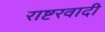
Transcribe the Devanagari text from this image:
राष्टरवादी